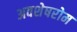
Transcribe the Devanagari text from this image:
अवशेषरोम